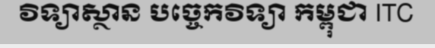
វិទ្យាស្ថាន បច្ចេកវិទ្យា កម្ពុជា ITC